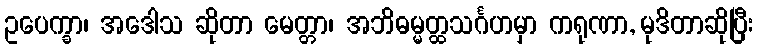
ဥပေက္ခာ၊ အဒေါသ ဆိုတာ မေတ္တာ၊ အဘိဓမ္မတ္ထသင်္ဂဟမှာ ကရုဏာ, မုဒိတာဆိုပြီး